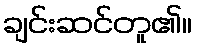
ချင်းဆင်တူ၏။